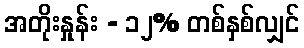
အတိုးနှုန်း - ၁၂% တစ်နှစ်လျှင်